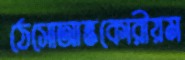
ঠেসোআন্তকোরীয়ম